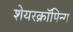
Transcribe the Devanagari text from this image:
शेयरक्रॉपिन्ग